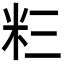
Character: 𮇅